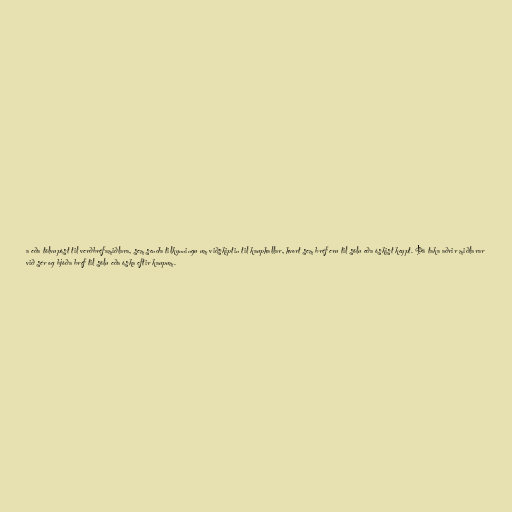
a eða tölvupóst til verðbréfamiðlara, sem senda tilkynningu um viðskiptin til kauphallar, hvort sem bréf eru til sölu eða óskist keypt. Þá taka aðrir miðlarar
við sér og bjóða bréf til sölu eða óska eftir kaupum.